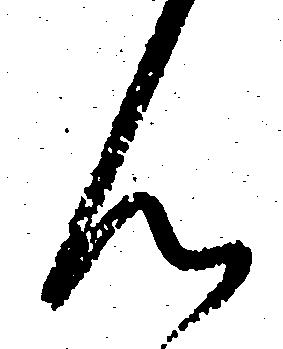
ん